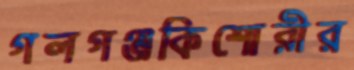
গলগঞ্জকিশোরীর